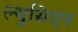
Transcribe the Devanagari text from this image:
ल्युसिएन